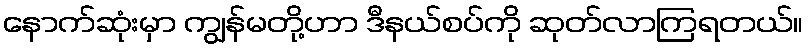
နောက်ဆုံးမှာ ကျွန်မတို့ဟာ ဒီနယ်စပ်ကို ဆုတ်လာကြရတယ်။